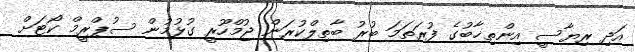
އަދި ރިޔާސީ އިންތިޚާބުގެ ފުރަތަމަ ބުރު ބާތިލްކުރަން ޖުމްހޫރީ ގުޅުމުން ސުޕްރީމް ކޯޓަށް